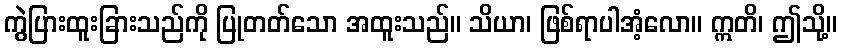
ကွဲပြားထူးခြားသည်ကို ပြုတတ်သော အထူးသည်။ သိယာ၊ ဖြစ်ရာပါအံ့လော။ ဣတိ၊ ဤသို့။